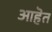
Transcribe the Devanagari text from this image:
आहॆत